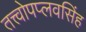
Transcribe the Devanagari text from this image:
तत्त्वोपप्लवसिंह